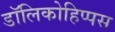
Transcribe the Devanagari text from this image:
डॉलिकोहिप्पस